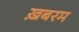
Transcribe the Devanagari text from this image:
ख़बरम